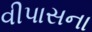
વીપાસના